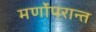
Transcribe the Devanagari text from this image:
मर्णोंपरान्त